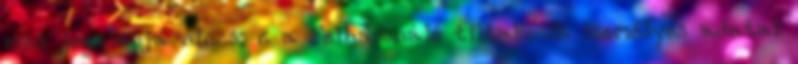
más jogalapja nincs; c a Felhasználó tiltakozik személyes adatai